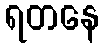
ရတနေ